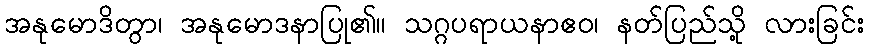
အနုမောဒိတွာ၊ အနုမောဒနာပြု၏။ သဂ္ဂပရာယနာဧဝ၊ နတ်ပြည်သို့ လားခြင်း